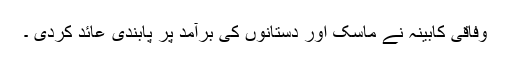
وفاقی کابینہ نے ماسک اور دستانوں کی برآمد پر پابندی عائد کردی ۔